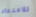
للاعتقاد